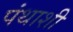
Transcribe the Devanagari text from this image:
पंथाशी